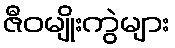
ဇီဝမျိုးကွဲများ